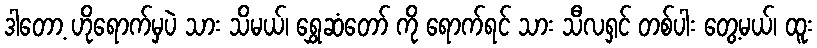
ဒါတော့ ဟိုရောက်မှပဲ သား သိမယ်၊ ရွှေဆံတော် ကို ရောက်ရင် သား သီလရှင် တစ်ပါး တွေ့မယ်၊ ထူး